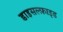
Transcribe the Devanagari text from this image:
डाइसल्फ़ाइ़ड